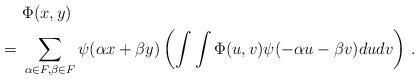
LaTeX: \begin{align*}& \ \Phi(x,y) \\= & \ \sum _{\alpha\in F, \beta \in F} \psi(\alpha x + \beta y) \left( \int \int \Phi(u,v) \psi(-\alpha u - \beta v) d u d v \right) \,.\end{align*}